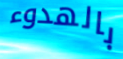
بالهدوء